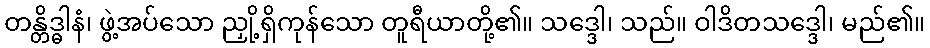
တန္တိဒ္ဓါနံ၊ ဖွဲ့အပ်သော ညှို့ရှိကုန်သော တူရီယာတို့၏။ သဒ္ဒေါ၊ သည်။ ဝါဒိတသဒ္ဒေါ၊ မည်၏။